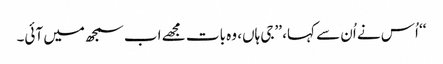
‘‘ اُس نے اُن سے کہا، ’’جی ہاں، وہ بات مجھے اب سمجھ میں آئی۔